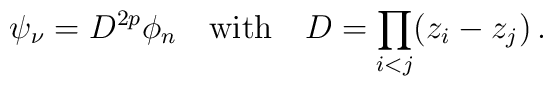
\psi_{\nu} = D^{2p}\phi_n\ \ \ {\rm with}\ \ \ D = \prod_{i<j}(z_i-z_j)\,.